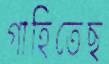
গাহিতেছ